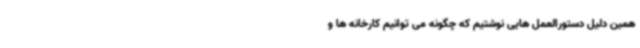
همین دلیل دستورالعمل هایی نوشتیم که چگونه می ‌توانیم کارخانه ها و